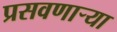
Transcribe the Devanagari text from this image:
प्रसवणार्‍या